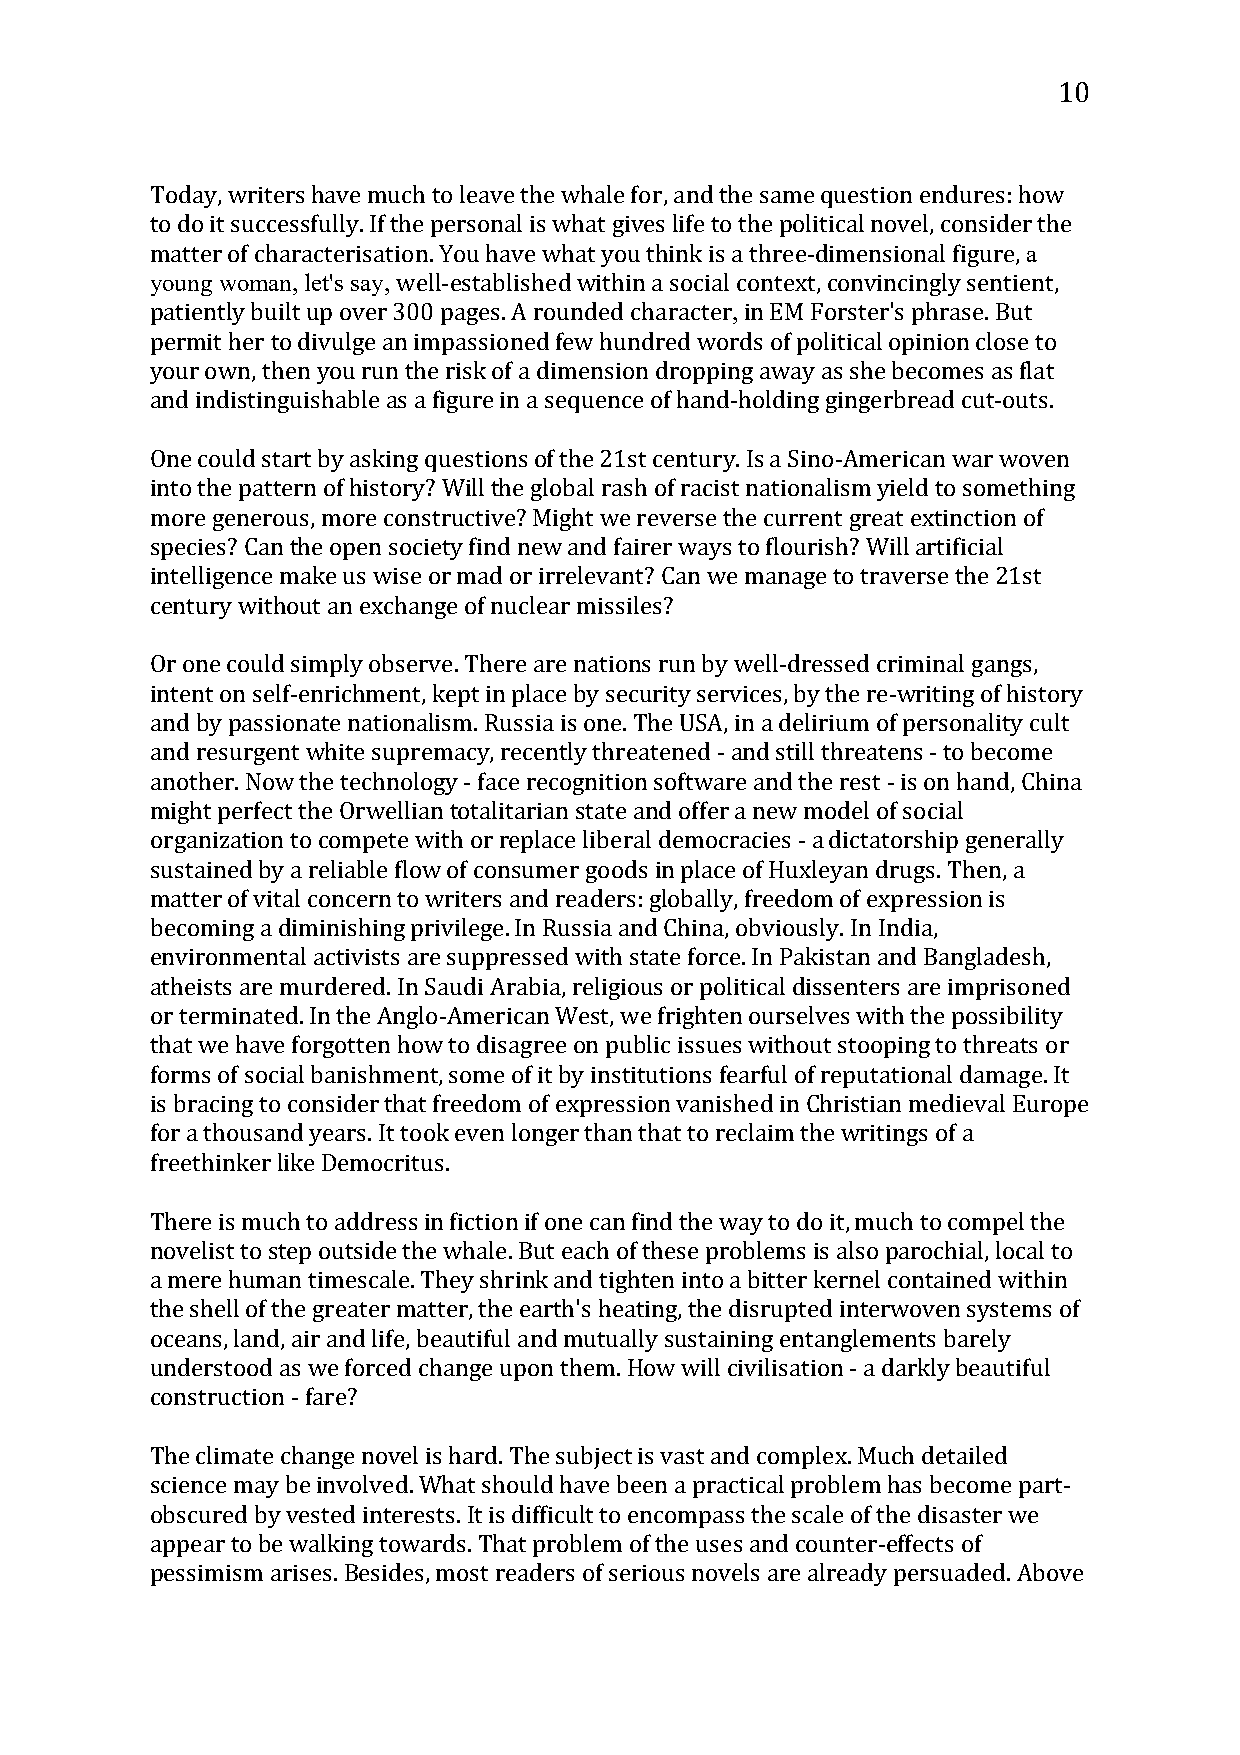
10
 Today, writers have much to leave the whale for, and the same question endures: hao w
 tyoo udnog i tw soumccaens, slfeut'lsl ys.a Iyf, the personal is what gives life to the political novel, consider the
 matter of characterisation. You have what you think is a, three-dimensional figure,
 well-established within a social context, convincingly sentient,
 patiently built up over 300 pages. A rounded character in EM Forster's phrase. But
 permit herto divulge an impassioned few hundred words of political opinion close to
 your own, then you run the risk of a dimension dropping away as she becomes as flat
 and indistinguishable as a figure in a sequence of hand-holding gingerbread cut-outs.
 One could start by asking questions of the 21st century. Is a Sino-American war woven
 into the pattern of history? Will the global rash of racist nationalism yield to something
 more generous, more constructive? Might we reverse the current great extinction of
 species? Can the open society find new and fairer ways to flourish? Will artificial
 intelligence make us wise or mad or irrelevant? Can we manage to traverse the 21st
 century without an exchange of nuclear missiles?
 Or one could simply observe. There are nations run by well-dressed criminal gangs,
 intent on self-enrichment, kept in place by security services, by the re-writing of history
 and by passionate nationalism. Russia is one. The USA, in a delirium of personality cult
 and resurgent white supremacy, recently threatened - and still threatens - to become
 another. Now the technology - face recognition software and the rest - is on hand, China
 might perfect the Orwellian totalitarian state and offer a new model of social
 organization to compete with or replace liberal democracies - a dictatorship generally
 sustained by a reliable flow of consumer goods in place of Huxleyan drugs. Then, a
 matter of vital concern to writers and readers: globally, freedom of expression is
 becoming a diminishing privilege. In Russia and China, obviously. In India,
 environmental activists are suppressed with state force. In Pakistan and Bangladesh,
 atheists are murdered. In Saudi Arabia, religious or political dissenters are imprisoned
 or terminated. In the Anglo-American West, we frighten ourselves with the possibility
 that we have forgotten how to disagree on public issues without stooping to threats or
 forms of social banishment, some of it by institutions fearful of reputational damage. It
 is bracing to consider that freedom of expression vanished in Christian medieval Europe
 for a thousand years. It took even longer than that to reclaim the writings of a
 freethinker like Democritus.
 There is much to address in fiction if one can find the way to do it, much to compel the
 novelist to step outside the whale. But each of these problems is also parochial, local to
 a mere human timescale. They shrink and tighten into a bitter kernel contained within
 the shell of the greater matter, the earth's heating, the disrupted interwoven systems of
 oceans, land, air and life, beautiful and mutually sustaining entanglements barely
 understood as we forced change upon them. How will civilisation - a darkly beautiful
 construction - fare?
 The climate change novel is hard. The subject is vast and complex. Much detailed
 science may be involved. What should have been a practical problem has become part-
 obscured by vested interests. It is difficult to encompass the scale of the disaster we
 appear to be walking towards. That problem of the uses and counter-effects of
 pessimism arises. Besides, most readers of serious novels are already persuaded. Above